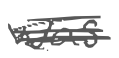
Text: was
Cross-out: scratch
Writing tool: digital_gray